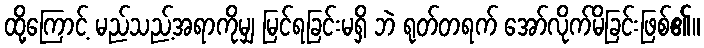
ထို့ကြောင့် မည်သည့်အရာကိုမျှ မြင်ရခြင်းမရှိ ဘဲ ရုတ်တရက် အော်လိုက်မိခြင်းဖြစ်၏။